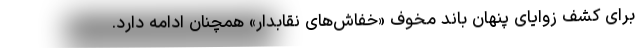
برای کشف زوایای پنهان باند مخوف «خفاش‌های نقابدار» همچنان ادامه دارد.